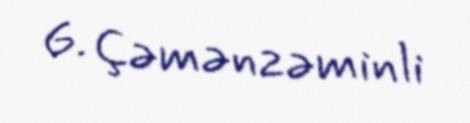
G. Çəmənzəminli